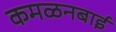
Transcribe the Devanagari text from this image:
कमळनबाई